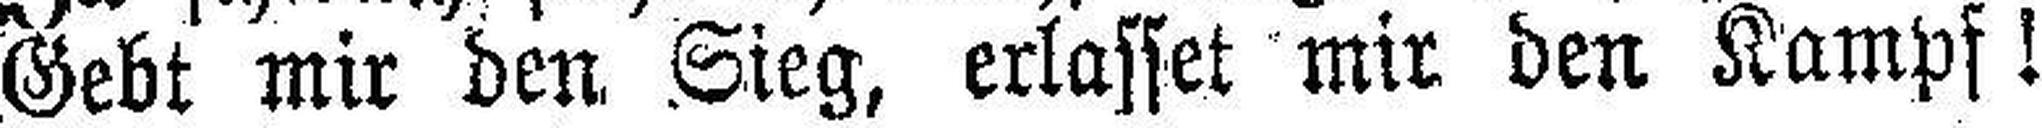
Gebt mir den Sieg, erlasset mir den Kampf !